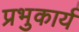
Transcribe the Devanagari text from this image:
प्रभुकार्य